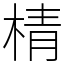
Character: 棈